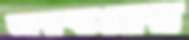
আয়ব্যয়ের